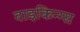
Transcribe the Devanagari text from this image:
वाइकिन्ग्स